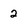
Character: 2